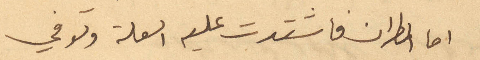
اما المطران فاشتدت عليه العلة وتوفي